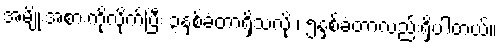
အမျိုးအစားကိုုလိုုက်ပြီး ၃နှစ်ခံတာရှိသလိုု ၊ ၅နှစ်ခံတာလည်းရှိပါတယ်။